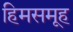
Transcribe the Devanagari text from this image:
हिमसमूह